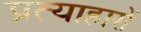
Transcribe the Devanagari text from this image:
प्रत्याहारों